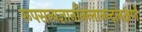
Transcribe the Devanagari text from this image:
रूपसत्यज्ञानाँनन्तानन्दलक्षणे